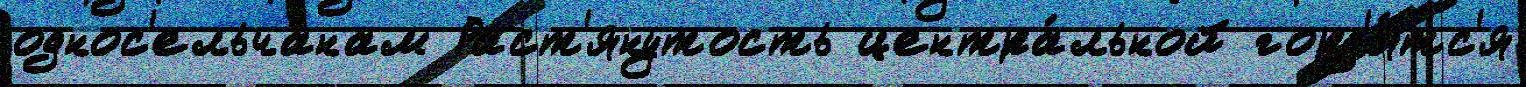
однос'ельча́нам Раст'янутость центра́льной горд'я́тс'я